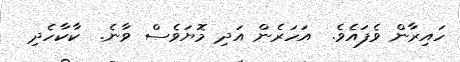
ހައިރާން ވެފައެވެ.  އަހަރެން އަދި މޮޔަވެސް ވާނެ.  ކާކާހެދި